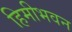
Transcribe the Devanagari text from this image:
हिमीभवन